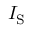
I _ { \mathrm { S } }